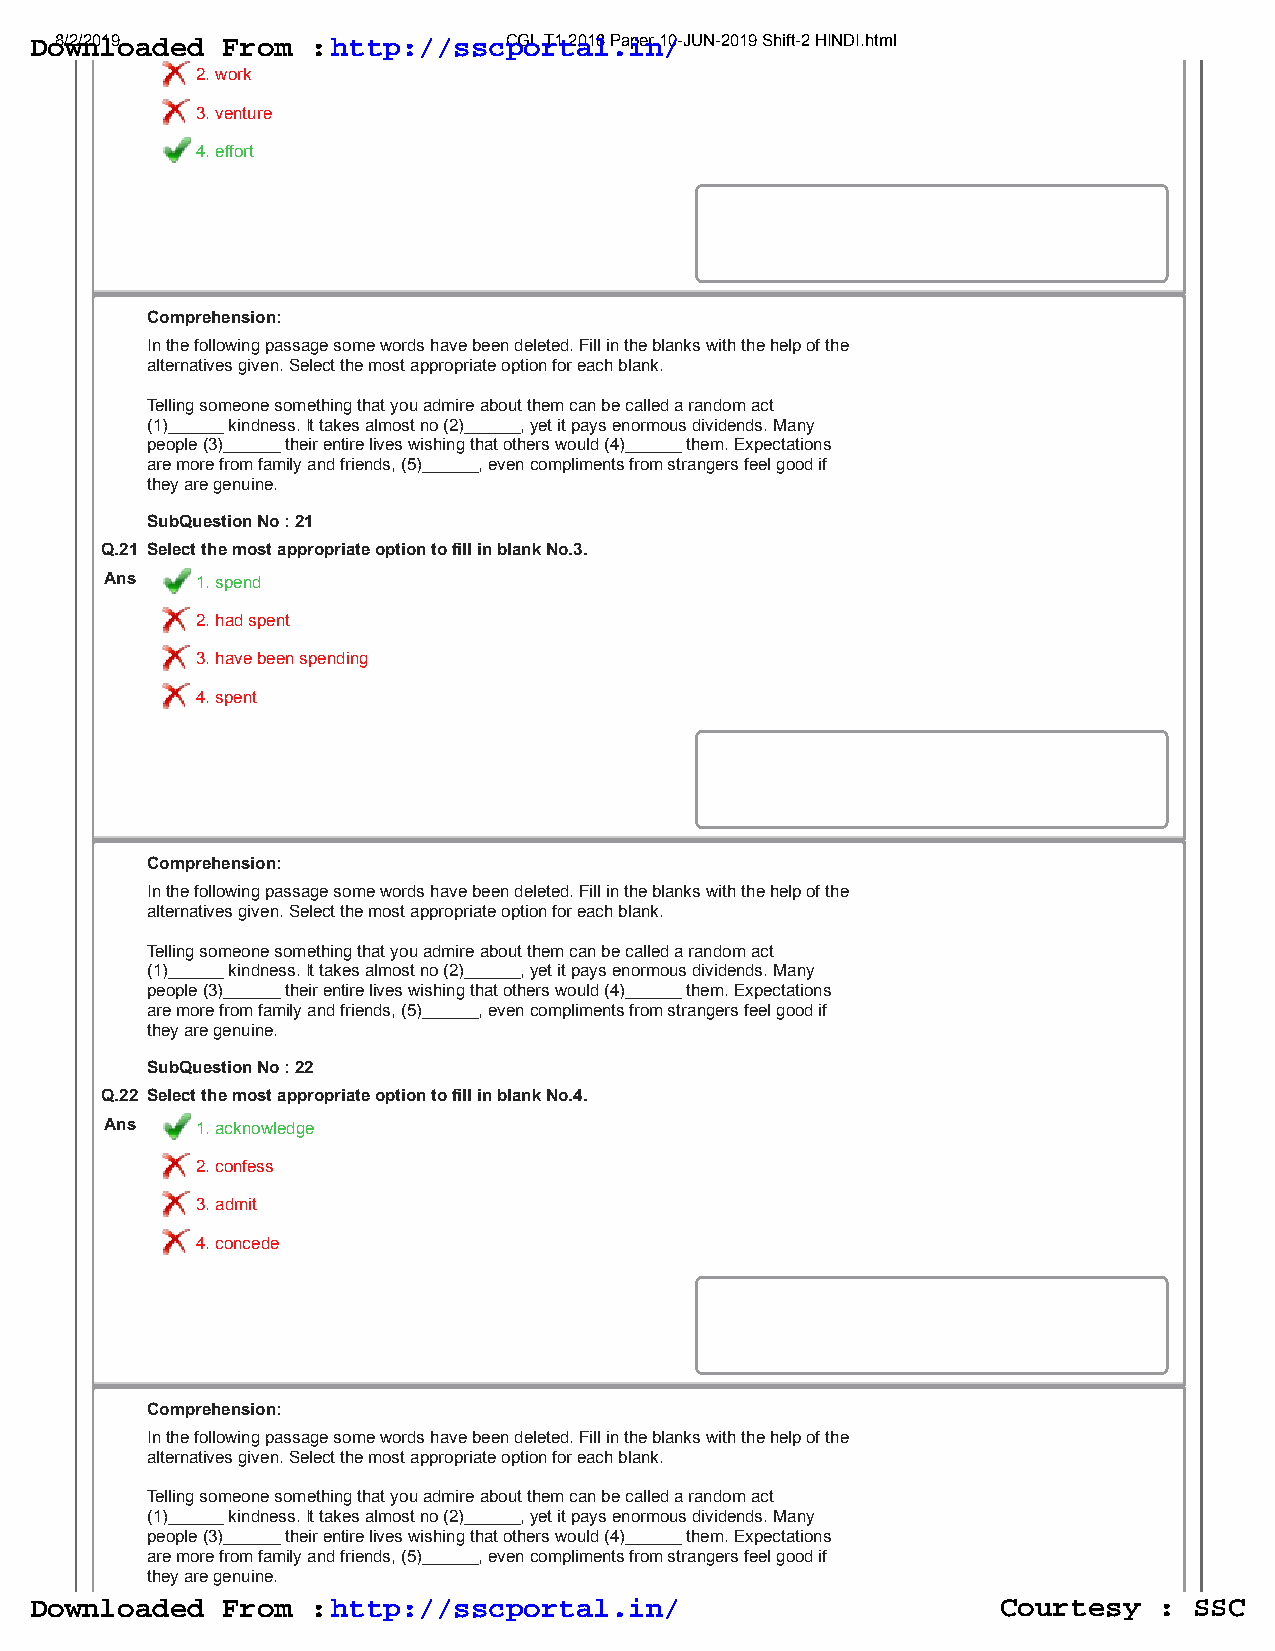
8/2/2019                     CGL T1 2018 Paper 10-JUN-2019 Shift-2 HINDI.html
 SubQuestion No : 23
 Q.23 Select the most appropriate option to fill in blank No.5.
 Ans   1. unless
 2. and
 3. however
 4. so
 Q.24 Select the word which means the same as the group of words given.
 Something which cannot be understood
 Ans   1. infallible
 2. incomprehensible
 3. illegible
 4. inexplicable
 Q.25 Given below are four jumbled sentences. Select the option that gives their correct
 order.
 A. Here, the picture perfect French Quarter and heritage laden Tamil streets blend into
 one another.
 B. The conflict of coexistence is evident in many metropolitan cities.
 C. The old and new, like two different worlds, surviving side by side yet never crossing
 that chasm.
 D. There is a place though- Puducherry, where contrasts are celebrated like nowhere
 else.
 Ans   1. CDAB
 2. DCBA
 3. BACD
 4. BCDA